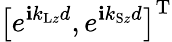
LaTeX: \left[e^{\mathbf{i}k_{\mathrm{{L}}z}d},e^{\mathbf{i}k_{\mathrm{{S}}z}d}\right]^{\mathrm{{T}}}